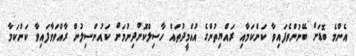
އެންމެ ބޮޑަށް ބޭނުންވެފައިވާ ކަންކަމާއި ރައްޔިތުންގެ އުއްމީދުތައް ހާސިލްކޮށްދިނުމަށް ކައުންސިލުން ރާއްވަވާފައިވާ ކަންކަމާ